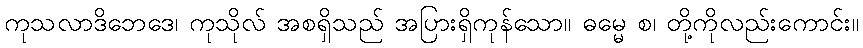
ကုသလာဒိဘေဒေ၊ ကုသိုလ် အစရှိသည် အပြားရှိကုန်သော။ ဓမ္မေ စ၊ တို့ကိုလည်းကောင်း။